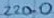
Text: 220.0